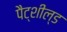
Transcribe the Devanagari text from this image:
पैट्शील्ड